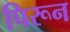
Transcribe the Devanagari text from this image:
पिरून